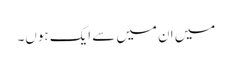
میں ان میں سے ایک ہوں۔